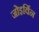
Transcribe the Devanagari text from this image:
जोइर्विन